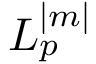
L _ { p } ^ { | m | }